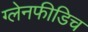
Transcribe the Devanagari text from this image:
ग्लेनफीडिच